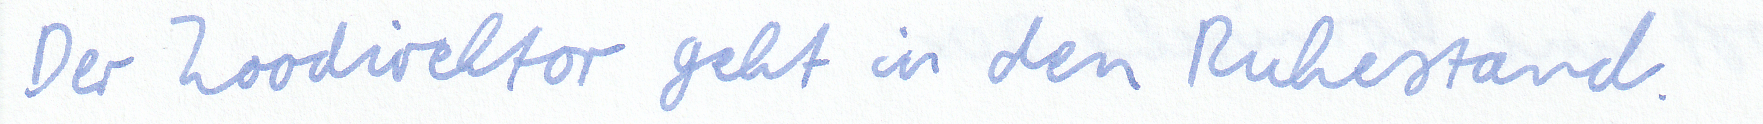
Der Zoodirektor geht in den Ruhestand.